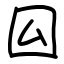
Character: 囜